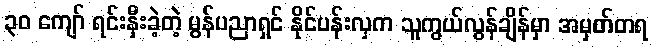
၃၀ ကျော် ရင်းနှီးခဲ့တဲ့ မွန်ပညာရှင် နိုင်ပန်းလှက သူကွယ်လွန်ချိန်မှာ အမှတ်တရ